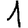
Digit: 1